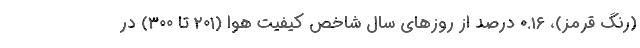
(رنگ قرمز)، ۰.۱۶ درصد از روزهای سال شاخص کیفیت هوا (۲۰۱ تا ۳۰۰) در